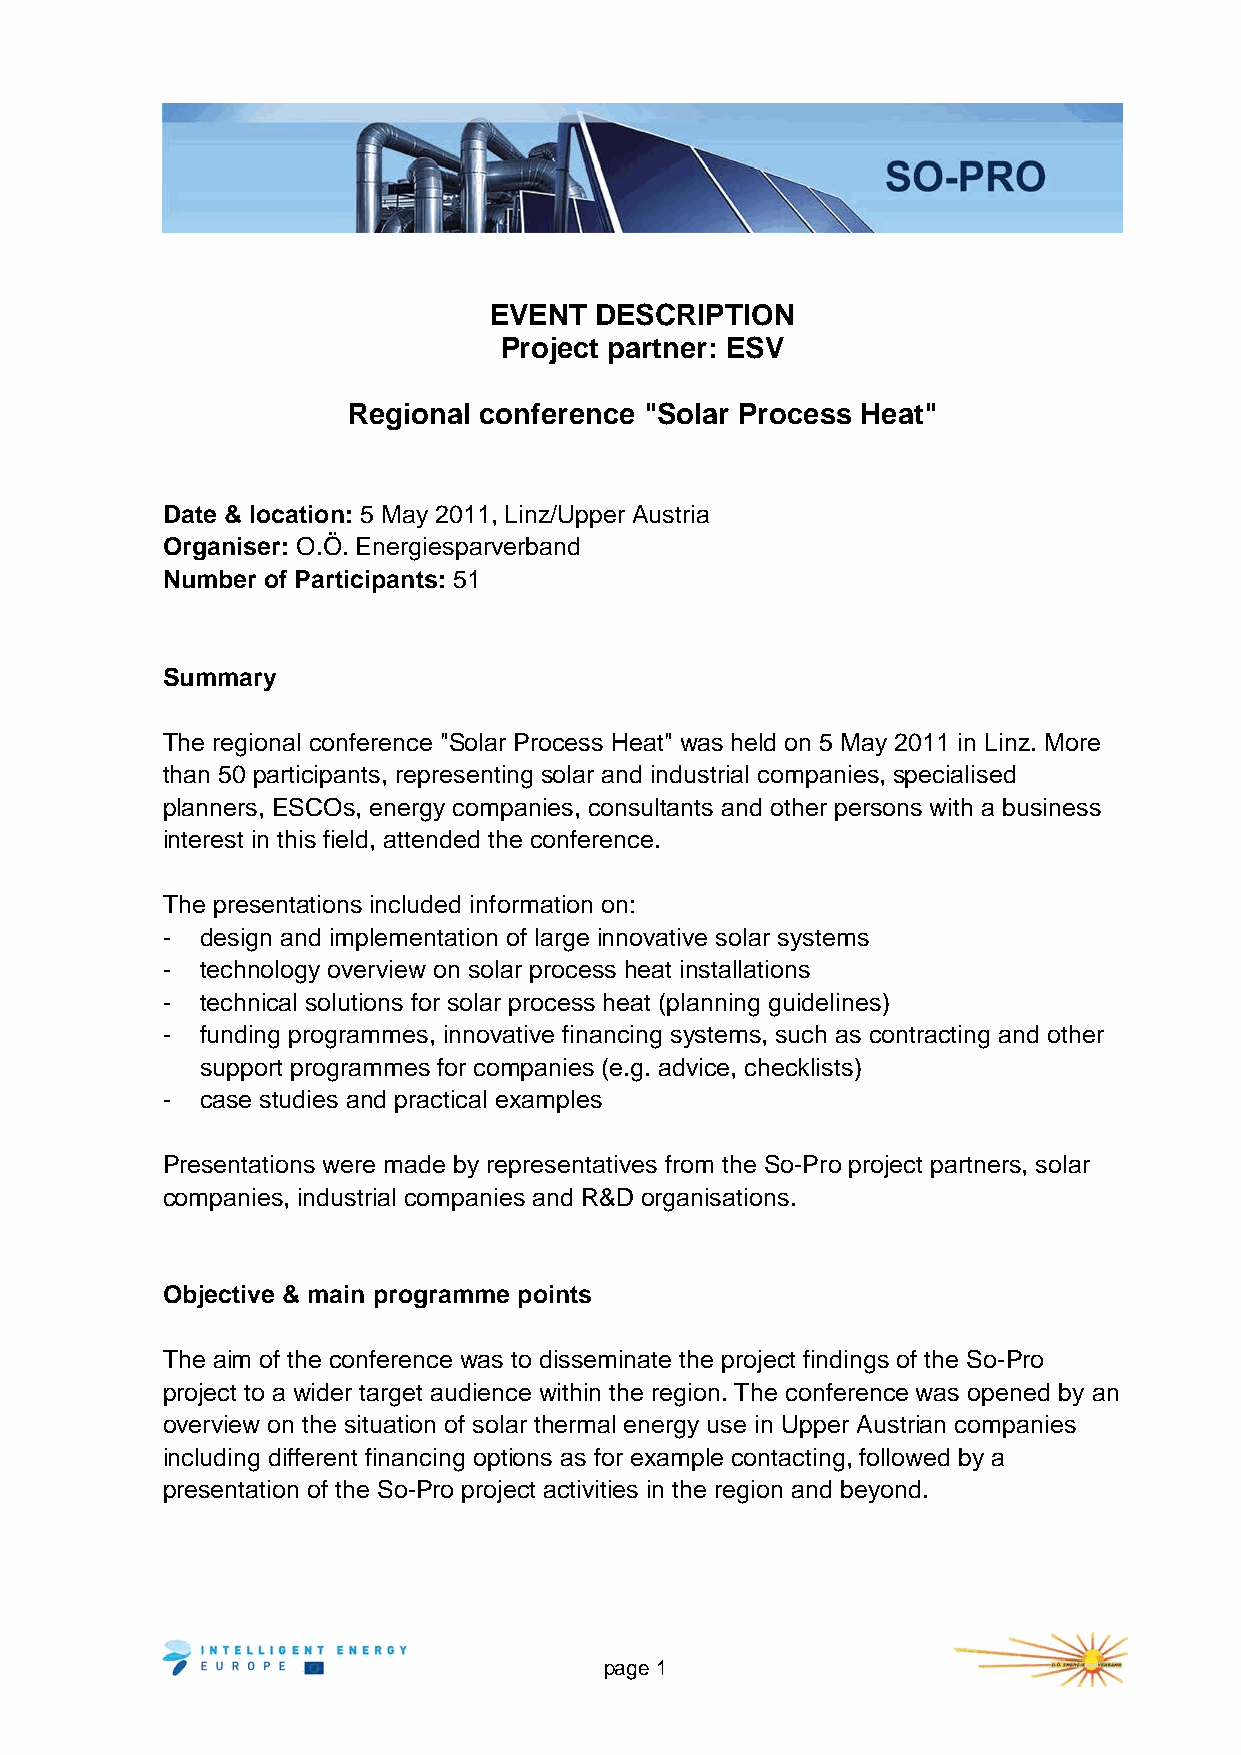
EVENT  DESCRIPTION
 Project partner: ESV
 Regional conference "Solar Process Heat"
 Date & location: 5 May 2011, Linz/Upper Austria
 Organiser: O.Ö. Energiesparverband
 Number of Participants: 51
 Summary
 The regional conference "Solar Process Heat" was held on 5 May 2011 in Linz. More
 than 50 participants, representing solar and industrial companies, specialised
 planners, ESCOs, energy companies, consultants and other persons with a business
 interest in this field, attended the conference.
 The presentations included information on:
 - design and implementation of large innovative solar systems
 - technology overview on solar process heat installations
 - technical solutions for solar process heat (planning guidelines)
 - funding programmes, innovative financing systems, such as contracting and other
 support programmes for companies (e.g. advice, checklists)
 - case studies and practical examples
 Presentations were made by representatives from the So-Pro project partners, solar
 companies, industrial companies and R&D organisations.
 Objective & main programme points
 The aim of the conference was to disseminate the project findings of the So-Pro
 project to a wider target audience within the region. The conference was opened by an
 overview on the situation of solar thermal energy use in Upper Austrian companies
 including different financing options as for example contacting, followed by a
 presentation of the So-Pro project activities in the region and beyond.
 page 1